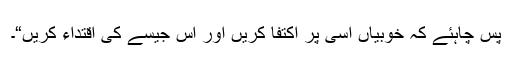
پس چاہئے کہ خوبیاں اُسی پر اکتفا کریں اور اُس جیسے کی اقتداء کریں“۔